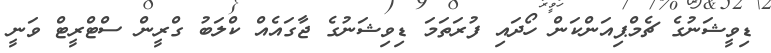
ޑިވީޝަނުގެ ޗެމްޕިއަންކަން ހޯދައި ފުރަތަމަ ޑިވިޝަނުގެ ޖާގައެއް ކްލަބު ގްރީން ސްޓްރީޓް ވަނީ